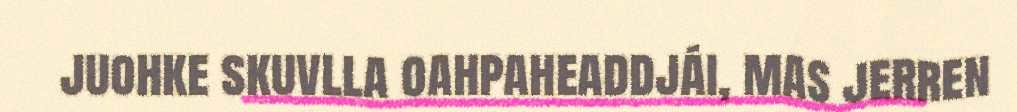
juohke skuvlla oahpaheaddjái, mas jerren